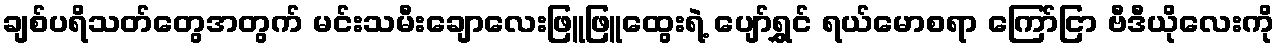
ချစ်ပရိသတ်တွေအတွက် မင်းသမီးချောလေးဖြူဖြူထွေးရဲ့ ပျော်ရွှင် ရယ်မောစရာ ကြော်ငြာ ဗီဒီယိုလေးကို